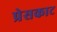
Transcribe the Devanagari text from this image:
प्रेसकाट